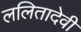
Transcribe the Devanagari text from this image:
ललितादेवी